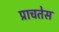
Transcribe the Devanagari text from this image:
प्राचतेस